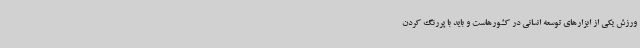
ورزش یکی از ابزارهای توسعه انسانی در کشورهاست و باید با پررنگ کردن